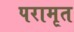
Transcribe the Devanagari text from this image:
परामृत